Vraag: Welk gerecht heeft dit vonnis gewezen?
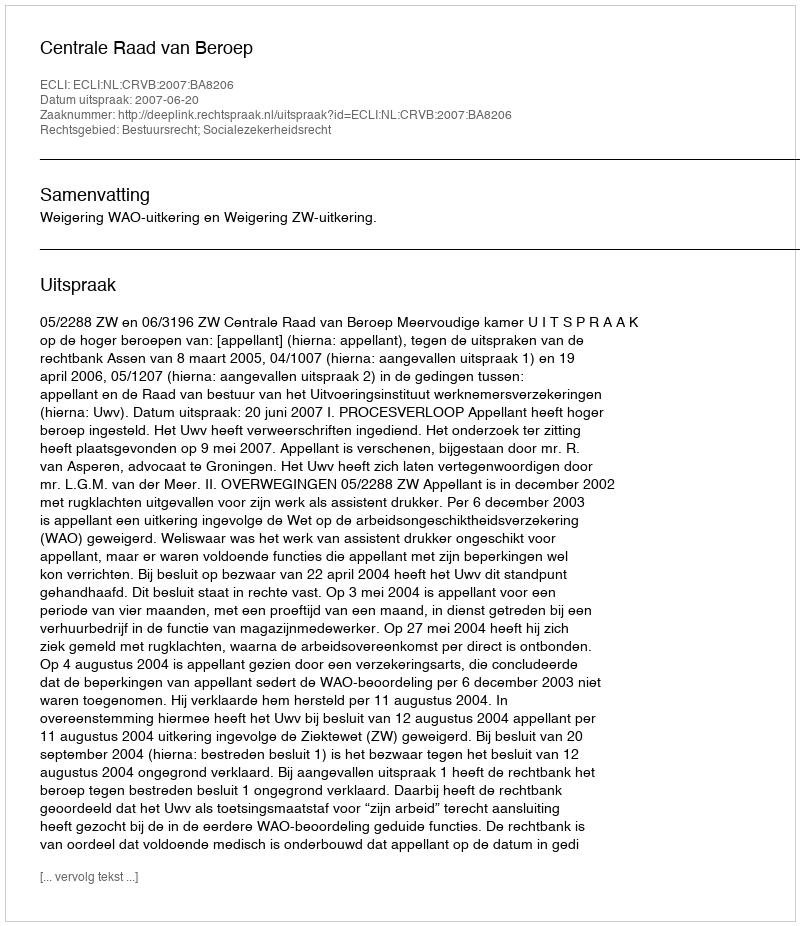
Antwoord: Centrale Raad van Beroep